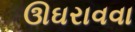
ઊઘરાવવા